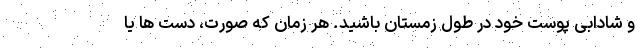
و شادابی پوست خود در طول زمستان باشید. هر زمان که صورت، دست ها یا